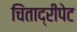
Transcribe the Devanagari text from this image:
चिंताद्रीपेट